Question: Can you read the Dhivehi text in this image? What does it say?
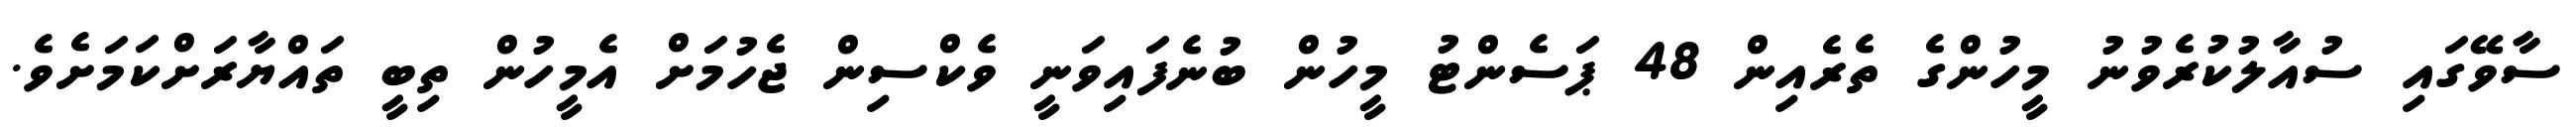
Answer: ސާވޭގައި ސުއާލުކުރެވުނު މީހުންގެ ތެރެއިން 48 ޕަސެންޓު މީހުން ބުނެފައިވަނީ ވެކްސިން ޖެހުމަށް އެމީހުން ތިބީ ތައްޔާރަށްކަމަށެވެ.